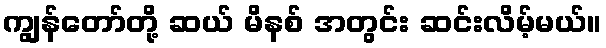
ကျွန်တော်တို့ ဆယ် မိနစ် အတွင်း ဆင်းလိမ့်မယ်။